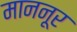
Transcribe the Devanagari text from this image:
माननूर